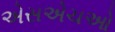
એસએચઓ